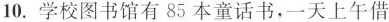
10.学校图书馆有85本童话书，一天上午借